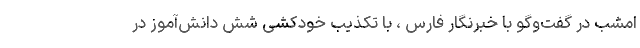
امشب در گفت‌وگو با خبرنگار فارس ، با تکذیب خودکشی شش دانش‌آموز در